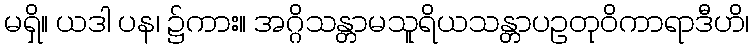
မရှိ။ ယဒါ ပန၊ ၌ကား။ အဂ္ဂိသန္တာမသူရိယသန္တာပဥတုဝိကာရာဒီဟိ၊